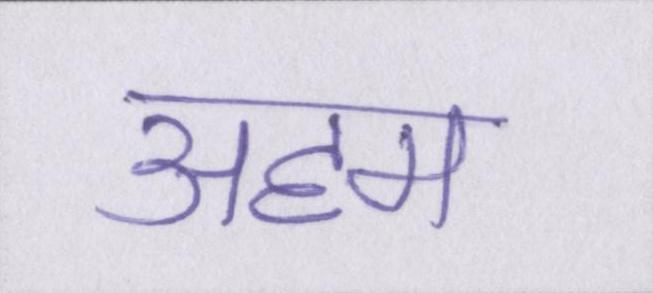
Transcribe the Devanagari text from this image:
अहम